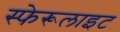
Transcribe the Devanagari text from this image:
स्फेरूलाइट